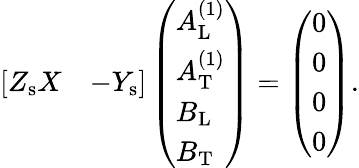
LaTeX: \begin{array}{r}{\left[\begin{array}{ll}{Z_{\mathrm{s}}X}&{-Y_{\mathrm{s}}}\end{array}\right]\left(\begin{array}{l}{A_{\mathrm{L}}^{(1)}}\\ {A_{\mathrm{T}}^{(1)}}\\ {B_{\mathrm{L}}}\\ {B_{\mathrm{T}}}\end{array}\right)=\left(\begin{array}{l}{0}\\ {0}\\ {0}\\ {0}\end{array}\right).}\end{array}